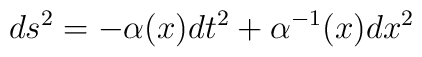
ds^2 = - \alpha(x) dt^2 + \alpha^{-1}(x) dx^2